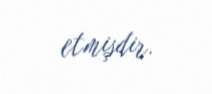
etmişdir.